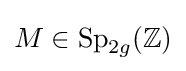
M\in \operatorname {Sp} _{2g}(\mathbb {Z} )